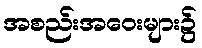
အစည်းအဝေးများ၌